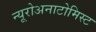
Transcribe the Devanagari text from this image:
न्यूरोअनाटोमिस्ट